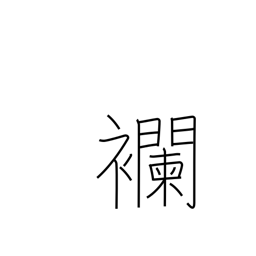
Meaning: a kind of cloth